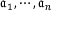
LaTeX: { \mathfrak { a } } _ { 1 } , \cdots , { \mathfrak { a } } _ { n }